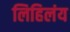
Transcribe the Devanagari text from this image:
लिहिलंय